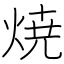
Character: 焼